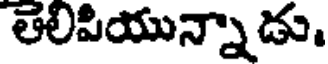
తెలిపియున్నాడు.